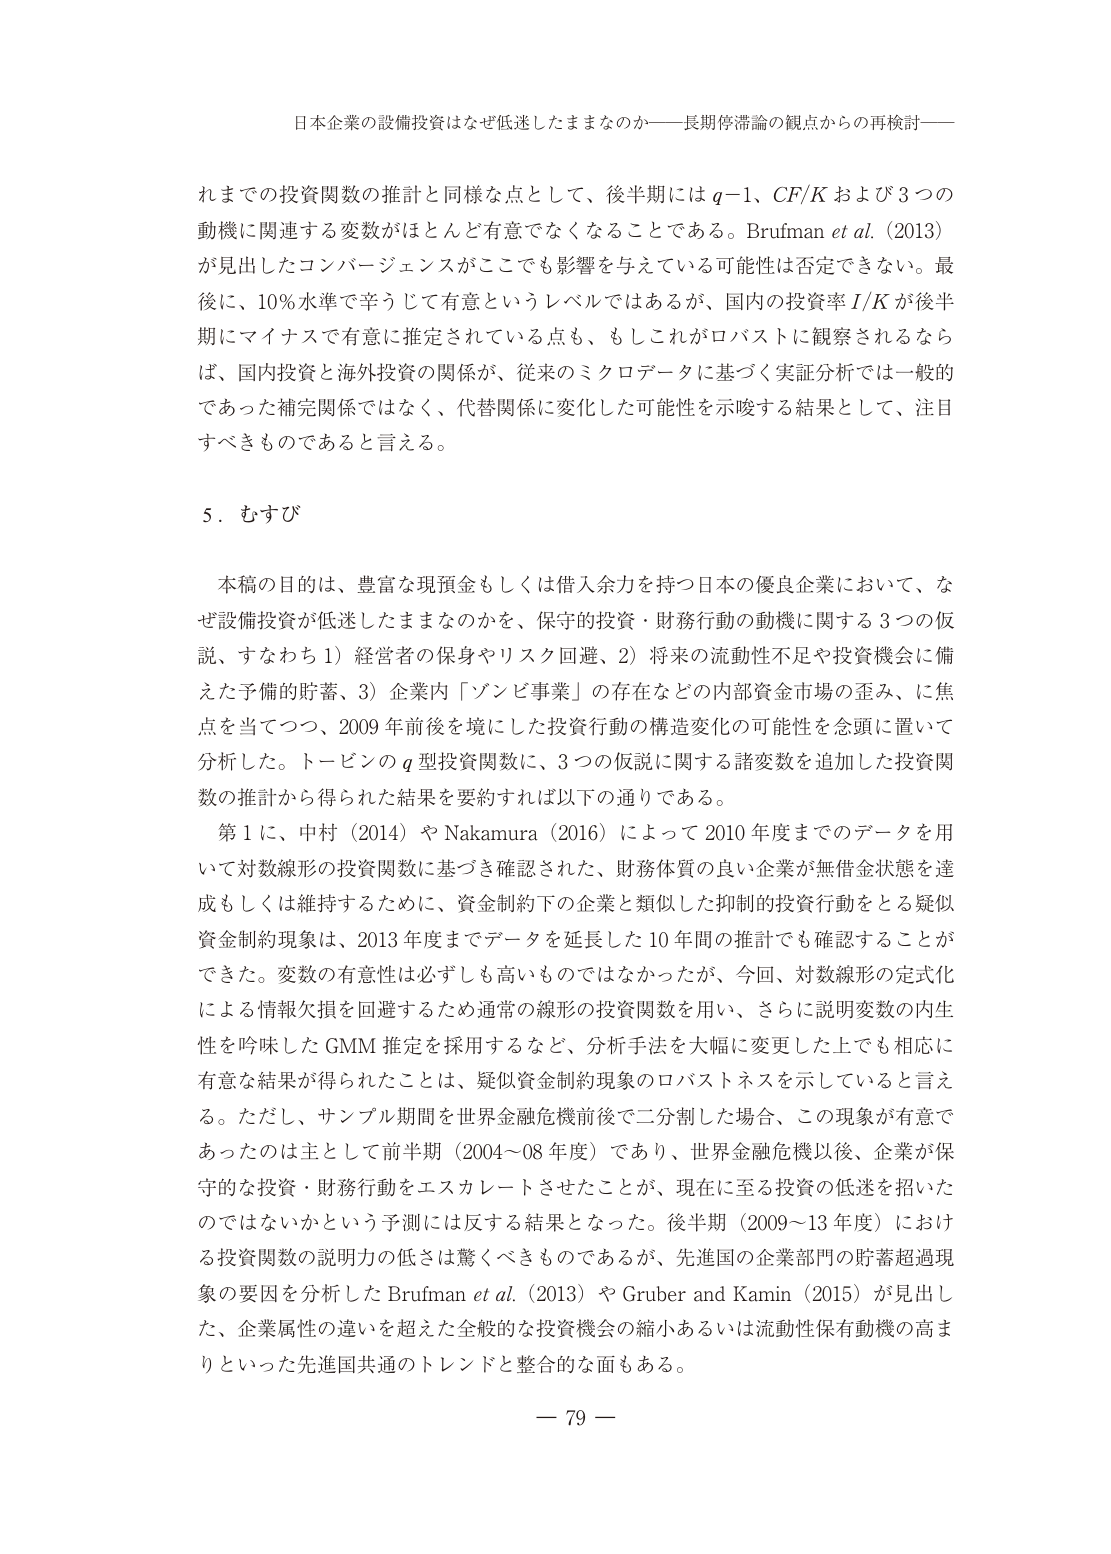
日本企業の設備投資はなぜ低迷したままなのか――長期停滞論の観点からの再検討――

れまでの投資関数の推計と同様な点として、後半期には q−1、CF/K および 3 つの
動機に関連する変数がほとんど有意でなくなることである。Brufman et al. (2013)
が見出したコンバージェンスがここでも影響を与えている可能性は否定できない。最
後に、10% 水準で辛うじて有意というレベルではあるが、国内の投資率 I/K が後半
期にマイナスで有意に推定されている点も、もしこれがロバストに観察されるなら
ば、国内投資と海外投資の関係が、従来のミクロデータに基づく実証分析では一般的
であった補完関係ではなく、代替関係に変化した可能性を示唆する結果として、注目
すべきものであると言える。

5．むすび

本稿の目的は、豊富な現預金もしくは借入余力を持つ日本の優良企業において、な
ぜ設備投資が低迷したままなのかを、保守的投資・財務行動の動機に関する 3 つの仮
説、すなわち 1）経営者の保身やリスク回避、2）将来の流動性不足や投資機会に備
えた予備的貯蓄、3）企業内「ゾンビ事業」の存在などの内部資金市場の歪み、に焦
点を当てつつ、2009 年前後を境にした投資行動の構造変化の可能性を念頭に置いて
分析した。トービンの q 型投資関数に、3 つの仮説に関する諸変数を追加した投資関
数の推計から得られた結果を要約すれば以下の通りである。

第 1 に、中村（2014）や Nakamura（2016）によって 2010 年度までのデータを用
いて対数線形の投資関数に基づき確認された、財務体質の良い企業が無借金状態を達
成もしくは維持するために、資金制約下の企業と類似した抑制的投資行動をとる疑似
資金制約現象は、2013 年度までデータを延長した 10 年間の推計でも確認することが
できた。変数の有意性は必ずしも高いものではなかったが、今回、対数線形の定式化
による情報欠損を回避するため通常の線形の投資関数を用い、さらに説明変数の内生
性を吟味した GMM 推定を採用するなど、分析手法を大幅に変更した上でも相応に
有意な結果が得られたことは、疑似資金制約現象のロバストネスを示していると言え
る。ただし、サンプル期間を世界金融危機前後で二分割した場合、この現象が有意で
あったのは主として前半期（2004～08 年度）であり、世界金融危機以後、企業が保
守的な投資・財務行動をエスカレートさせたことが、現在に至る投資の低迷を招いた
のではないかという予測には反する結果となった。後半期（2009～13 年度）におけ
る投資関数の説明力の低さは驚くべきものであるが、先進国の企業部門の貯蓄超過現
象の要因を分析した Brufman et al. (2013) や Gruber and Kamin (2015) が見出し
た、企業属性の違いを超えた全般的な投資機会の縮小あるいは流動性保存動機の高ま
りといった先進国共通のトレンドと整合的な面もある。

－ 79 －